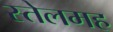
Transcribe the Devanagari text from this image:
स्तेलमह